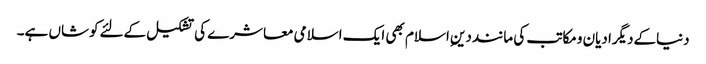
دنیاکےدیگرادیان ومکاتب کی ماننددینِ اسلام بھی ایک اسلامی معاشرے کی تشکیل کےلئےکوشاں ہے۔